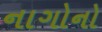
નાગોનો